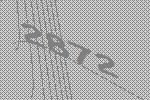
2872